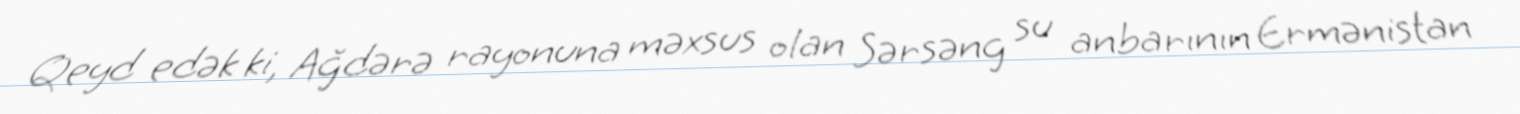
Qeyd edək ki, Ağdərə rayonuna məxsus olan Sərsəng su anbarının Ermənistan